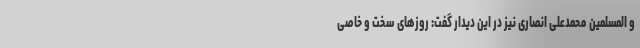
و المسلمین محمدعلی انصاری نیز در این دیدار گفت: روزهای سخت و خاصی